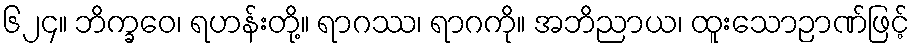
၆၂၄။ ဘိက္ခဝေ၊ ရဟန်းတို့။ ရာဂဿ၊ ရာဂကို။ အဘိညာယ၊ ထူးသောဉာဏ်ဖြင့်